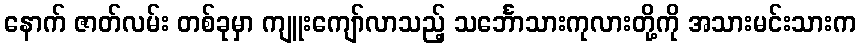
နောက် ဇာတ်လမ်း တစ်ခုမှာ ကျူးကျော်လာသည့် သင်္ဘောသားကုလားတို့ကို အသားမင်းသားက